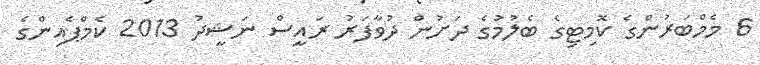
6 މެމްބަރުންގެ ކޮމިޓިގެ ބެލުމުގެ ދަށުން ދުވާފަރު ރައީސް ނަޝީދު 2013 ކެމްޕެއިންގެ